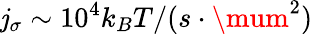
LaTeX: \mathit{j}_{\sigma}\sim10^{4}k_{B}T/(s\cdot\mum^{2})